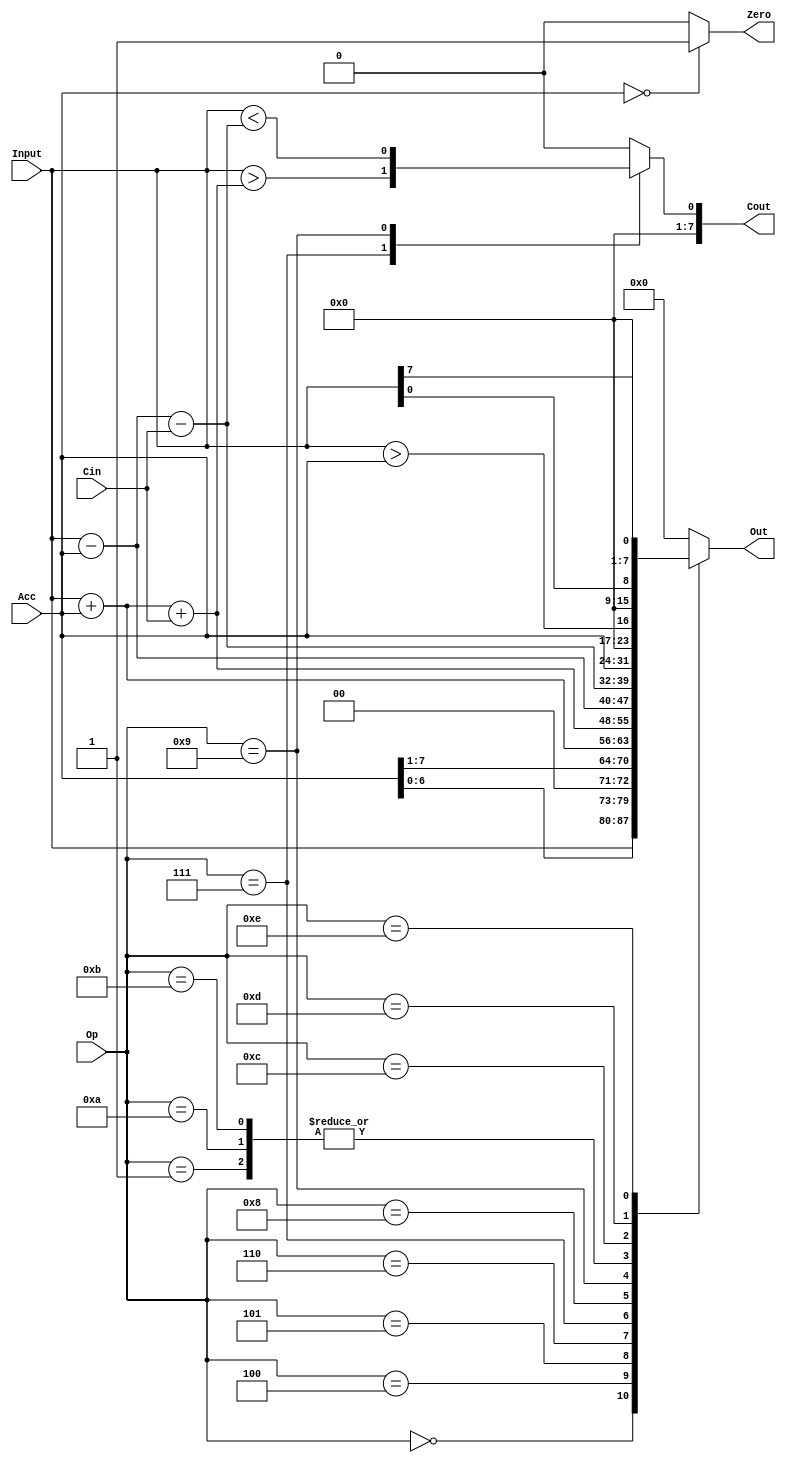
// Module Name:    ALU 
// Project Name:   CSE141L
//



	 
module ALU(Input,Acc,Op,Cin,Out,Zero,Cout);

	input [ 7:0] Input; 	// reg value or imm value
	input [ 7:0] Acc;	// accumulator reg value
	input [ 3:0] Op;	 	// operation bits
	input [ 7:0] Cin;		 	 	// implicit carry reg value
	output reg [7:0] Out; 	// logic in SystemVerilog
	output reg Zero;		
	output reg [7:0] Cout;

	always@* // always_comb in systemverilog
	begin 
		Out = 0;
		Cout = 0;
		case (Op)
		4'b0000: Out = Input;				// load
		4'b0001: Out = Acc;					// mov
		4'b0100: Out = Acc << 1;			// Shift left
		4'b0101: Out = {1'b0,Acc[7:1]}; 	// Shift right
		4'b0110: Out = Input + Acc; 		// ADD
		4'b0111: begin
			Out = Input + Acc + Cin; 		// ADD_CARRY
			Cout = Input > Out;
		end
		4'b1000: Out = Input - Acc; 		// SUB
		4'b1001: begin
			Out = Input - Acc - Cin; 		// SUB_CARRY
			Cout = Input < Out;
		end
		4'b1010: Out = Acc;					// branch equal
		4'b1011: Out = Acc; 				// branch true
		4'b1100: begin
			Out = Input > Acc; 		// Greater Than
		end
		4'b1101: Out = Input[0];			// Fbit
		4'b1110: Out = Input[7];			// Lbit
		
	  	endcase
	end 

	always@*							  	// assign Zero = !Out;
	begin
		case(Acc)
			'b0     : Zero = 1'b1;
			default : Zero = 1'b0;
      endcase
	end


endmodule